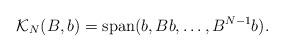
LaTeX: \begin{align*} \mathcal{K}_N(B,b) = \operatorname{span}(b,B b,\ldots,B^{N-1}b). \end{align*}